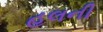
હલની